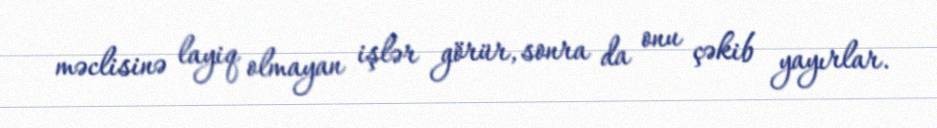
məclisinə layiq olmayan işlər görür, sonra da onu çəkib yayırlar.